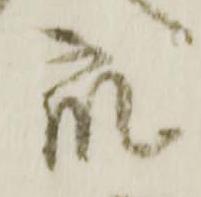
衆